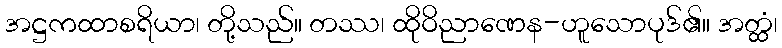
အဋ္ဌကထာစရိယာ၊ တို့သည်။ တဿ၊ ထိုဝိညာဏေန-ဟူသောပုဒ်၏။ အတ္ထံ၊